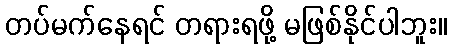
တပ်မက်နေရင် တရားရဖို့ မဖြစ်နိုင်ပါဘူး။